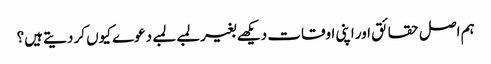
ہم اصل حقائق اور اپنی اوقات دیکھے بغیر لمبے لمبے دعوے کیوں کر دیتے ہیں؟